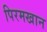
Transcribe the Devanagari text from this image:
पिरमखान